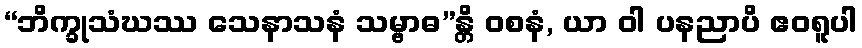
“ဘိက္ခုသံဃဿ သေနာသနံ သမ္ဗာဓ”န္တိ ဝစနံ, ယာ ဝါ ပနညာပိ ဧဝရူပါ